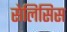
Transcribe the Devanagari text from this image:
सेलिसिस